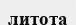
литота